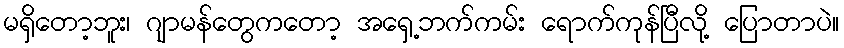
မရှိတော့ဘူး၊ ဂျာမန်တွေကတော့ အရှေ့ဘက်ကမ်း ရောက်ကုန်ပြီလို့ ပြောတာပဲ။